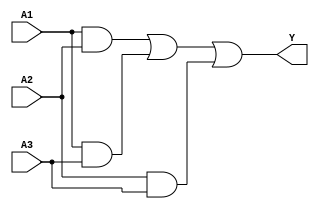
module sop_simplification (
    input wire A1, // Input A1
    input wire A2, // Input A2
    input wire A3, // Input A3
    output wire Y  // Output Y
);

// Intermediate signals for AND gates
wire term1; // Represents A1 AND A2
wire term2; // Represents A1 AND A3
wire term3; // Represents A2 AND A3

// AND gates for the product terms
assign term1 = A1 & A2; // A1 AND A2
assign term2 = A1 & A3; // A1 AND A3
assign term3 = A2 & A3; // A2 AND A3

// OR gate to combine the outputs of the AND gates
assign Y = term1 | term2 | term3; // Y = A1A2 + A1A3 + A2A3

endmodule